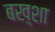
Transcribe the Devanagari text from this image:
बख़्शा